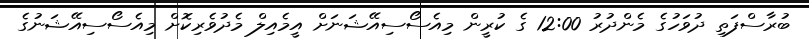
ބުރާސްފަތި ދުވަހުގެ މެންދުރު 12:00 ގެ ކުރީން މިއެސޯސިއޭޝަނަށް އީމެއިލް މެދުވެރިކޮށް މިއެސޯސިއޭޝަނުގެ